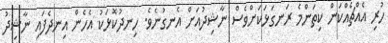
ހުރި އެއްޗެއްކަން ކިތަންމެ ރަނގަޅަކަށްވެސް ނާޝިދުއަށް އެނގުނެވެ. ހިނދުކޮޅަކު އެހެން އިނދެފައި ނާޝިދު